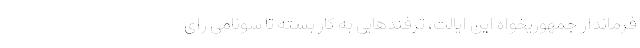
فرماندار جمهوریخواه این ایالت، ترفندهایی به کار بسته تا سونامی رای